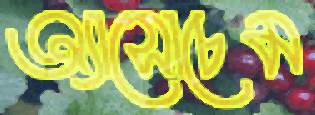
অ্যাসোচেম